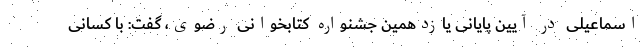
اسماعیلی در آیین پایانی یازدهمین جشنواره کتابخوانی رضوی، گفت: با کسانی